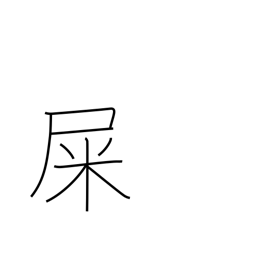
Meaning: excrement